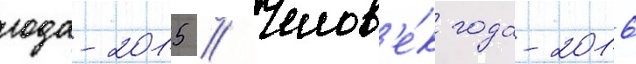
года-2015 // Челов'е́к года-2016